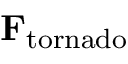
\mathbf { F _ { \mathrm { t o r n a d o } } }